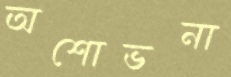
অশোভনা